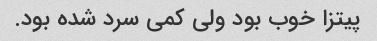
پیتزا خوب بود ولی کمی سرد شده بود.